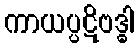
ကာယပ္ပဋိဗဒ္ဓါ